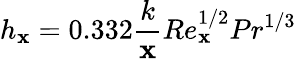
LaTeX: h_{\mathbf{x}}=0.332{\frac{{k}}{{\mathbf{x}}}}Re_{\mathbf{x}}^{1/2}Pr^{1/3}